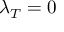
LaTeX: \lambda _ { T } = 0